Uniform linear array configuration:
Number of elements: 12
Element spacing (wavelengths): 0.5
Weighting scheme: kaiser
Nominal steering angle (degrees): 60
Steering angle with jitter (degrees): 61.931
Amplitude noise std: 0.05
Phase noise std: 0.05

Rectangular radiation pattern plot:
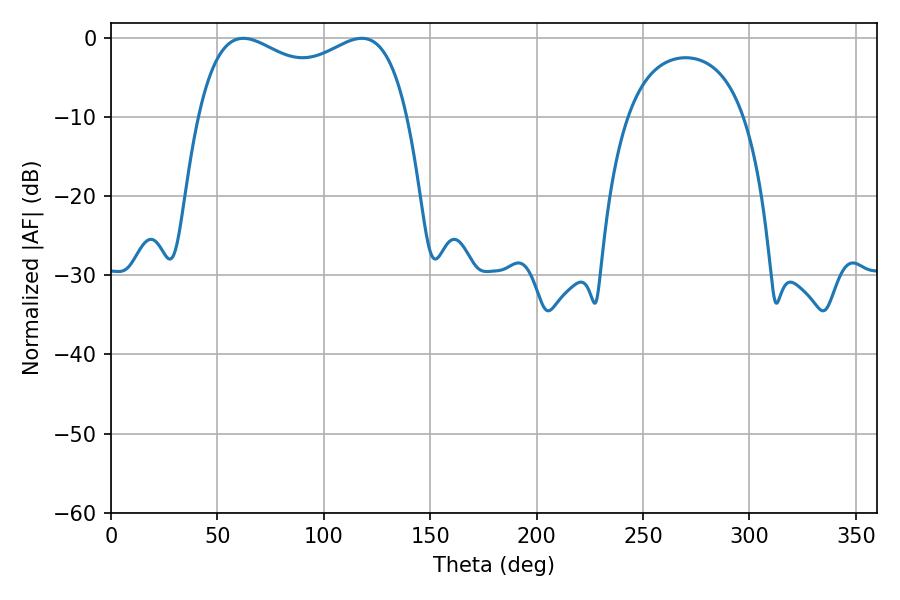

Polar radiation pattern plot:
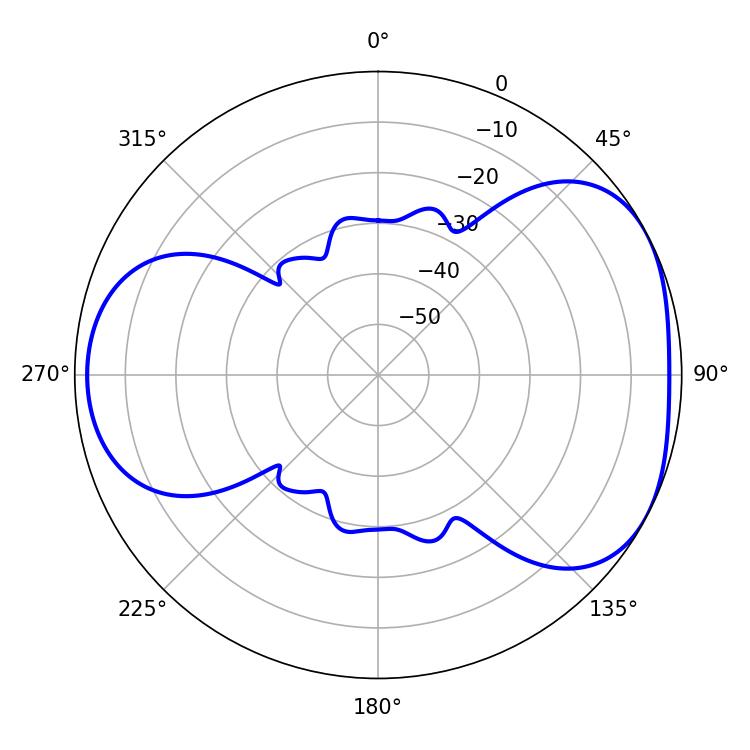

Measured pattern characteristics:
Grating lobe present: FALSE
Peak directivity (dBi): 4.505
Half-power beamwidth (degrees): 81.36
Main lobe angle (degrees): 62.1